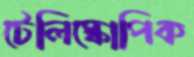
টেলিস্কোপিক